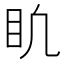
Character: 𥃶